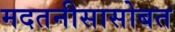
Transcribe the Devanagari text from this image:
मदतनीसासोबत